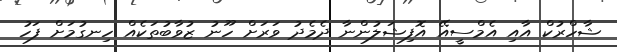
ޝާހްރުކް އާއި އެމްސީއޭ އޮފިޝަލުންނާ ދެމެދު ވަރަށް ހޫނު ޒުވާބުތަކެއް ހިނގުމަށް ފަހު